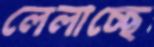
লেলাচ্ছে